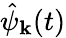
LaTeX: \hat{\psi}_{\mathbf k}(t)